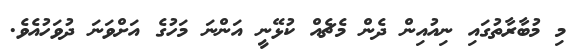
މި މުބާރާތުގައި ނިއުއިން ދެން މެޗެއް ކުޅޭނީ އަންނަ މަހުގެ އަށްވަނަ ދުވަހުއެވެ.